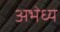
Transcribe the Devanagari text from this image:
अभेध्य